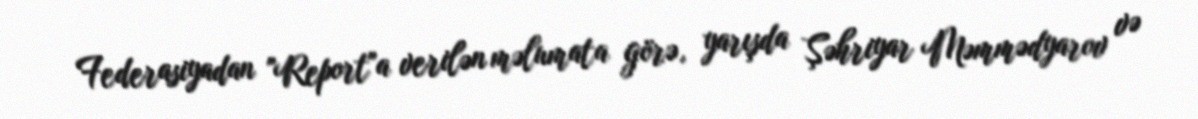
Federasiyadan "Report"a verilən məlumata görə, yarışda Şəhriyar Məmmədyarov və